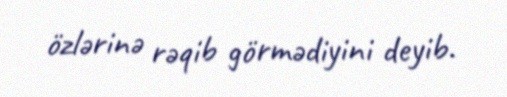
özlərinə rəqib görmədiyini deyib.